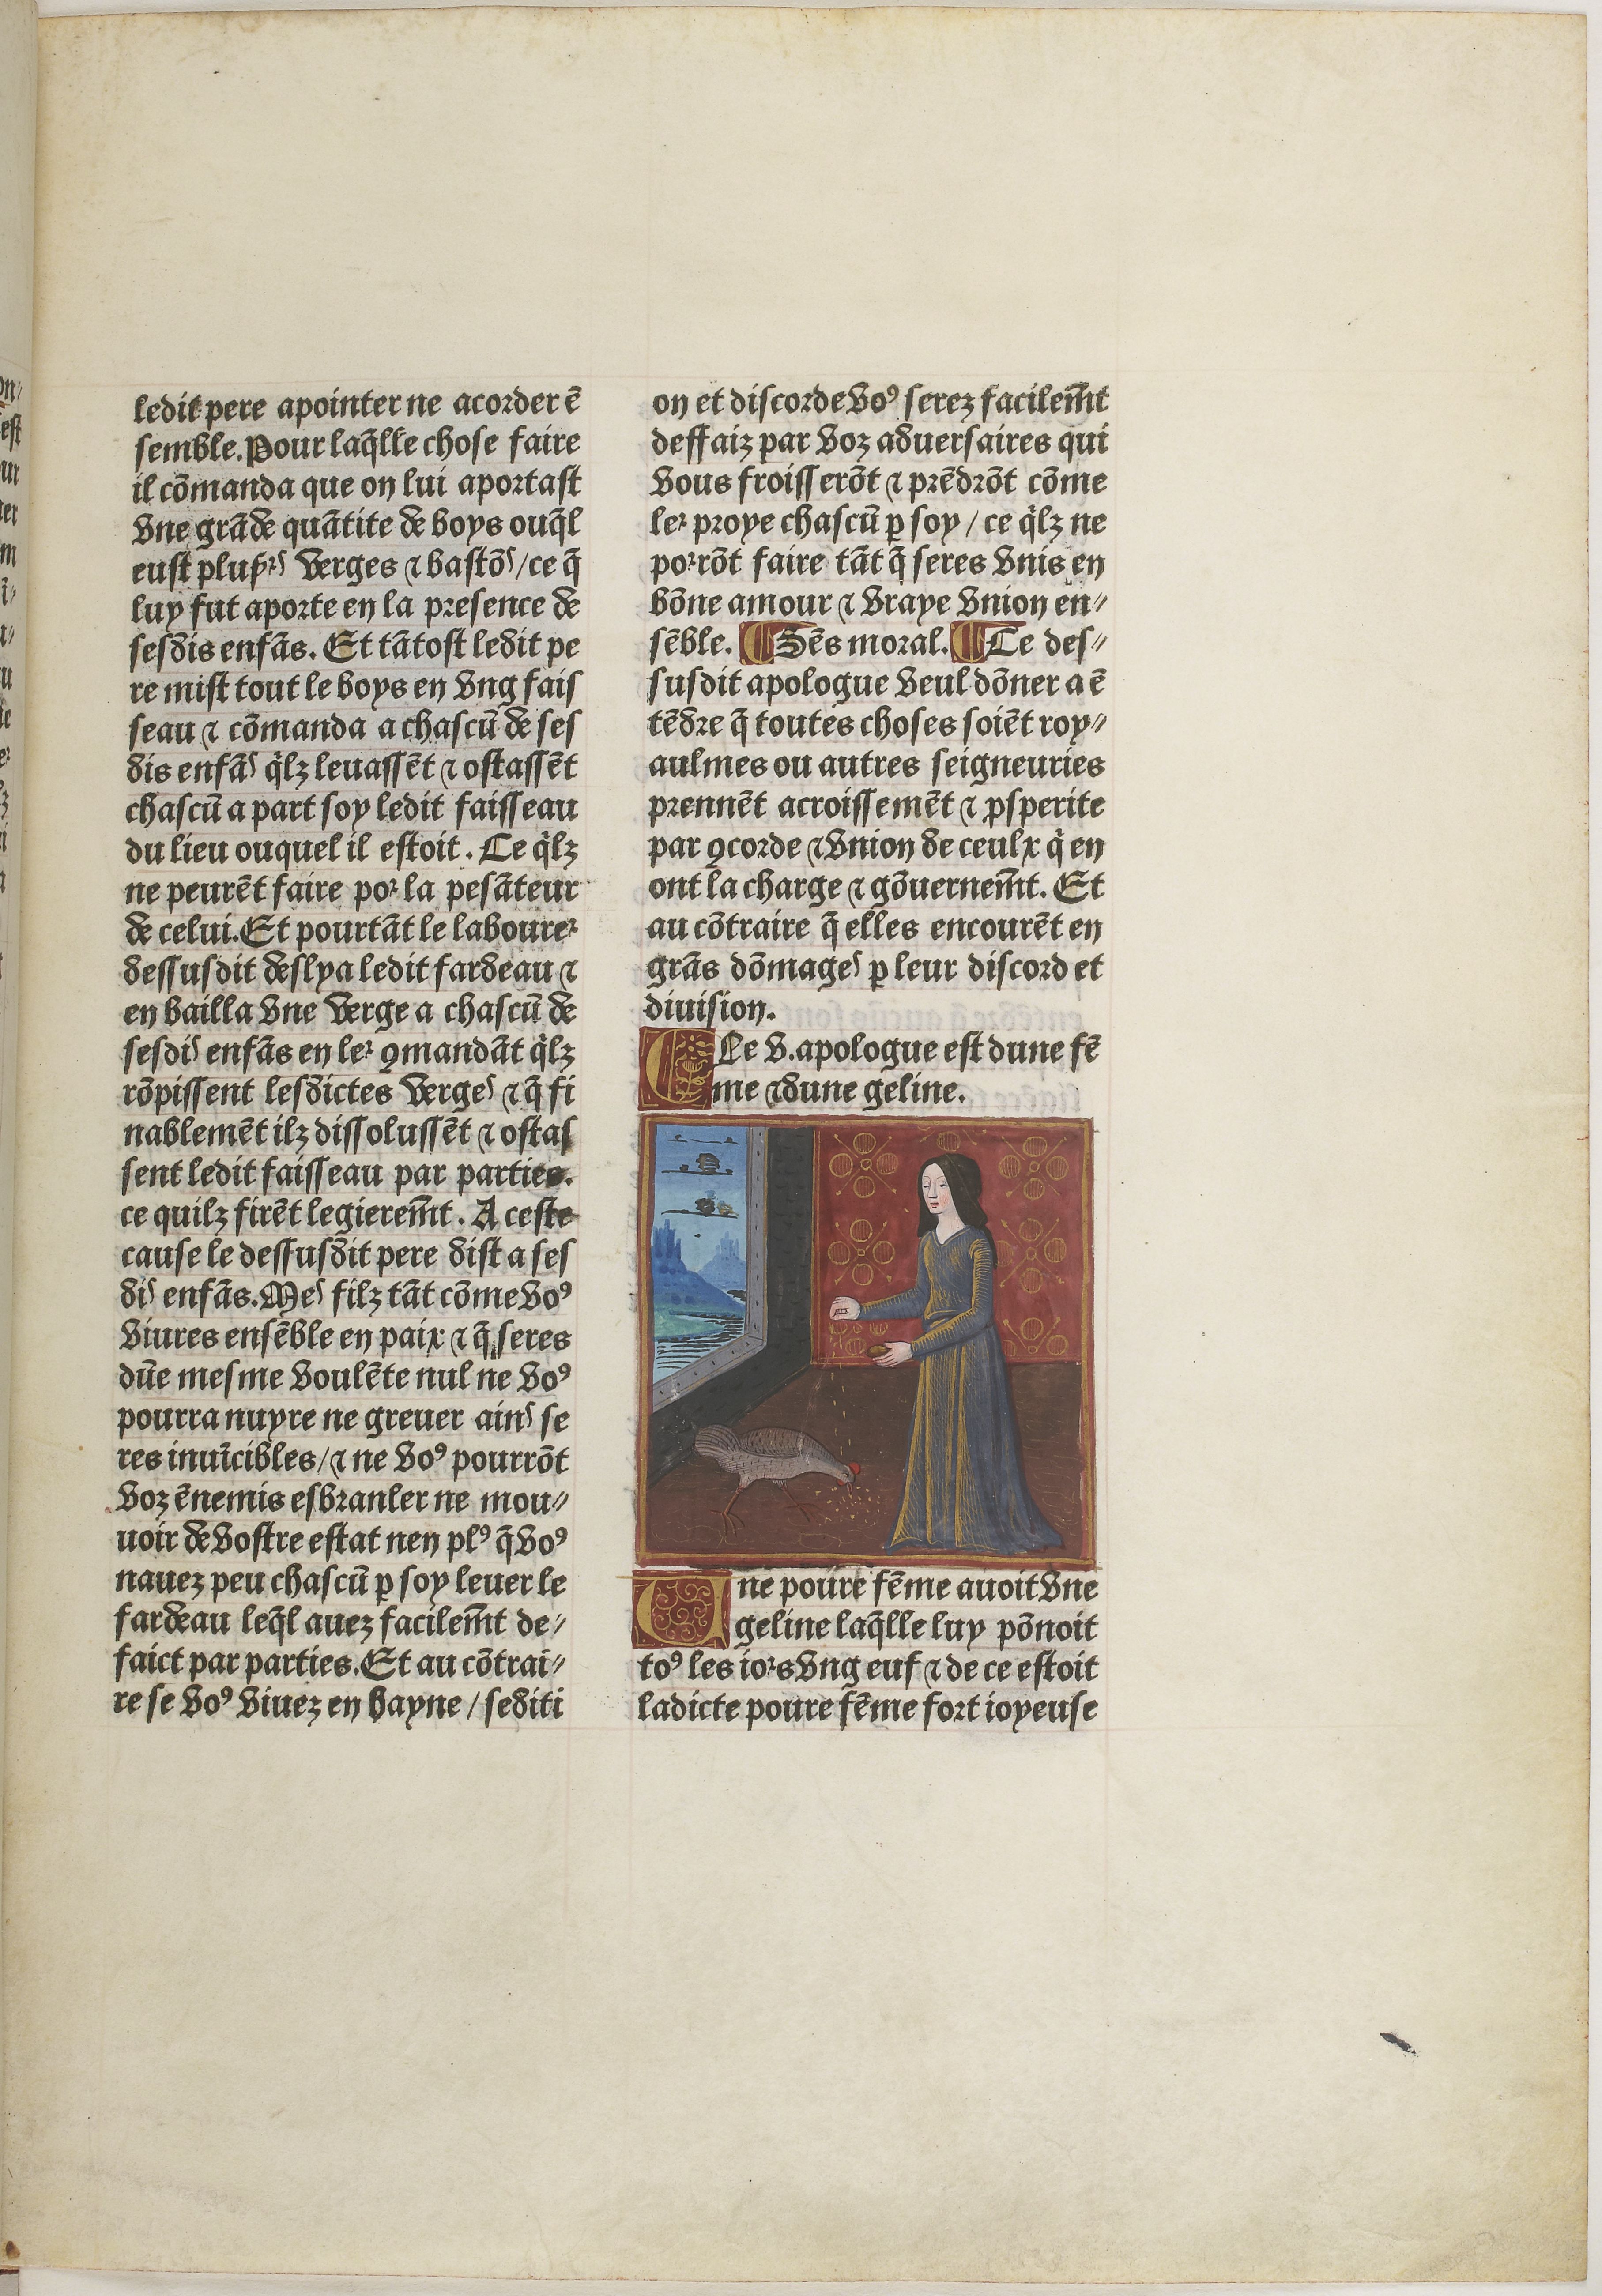
Shelfmark: Paris, BnF, Velins 611
Century: 15